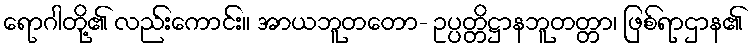
ရောဂါတို့၏ လည်းကောင်း။ အာယဘူတတော- ဥပ္ပတ္တိဋ္ဌာနဘူတတ္တာ၊ ဖြစ်ရာဌာန၏